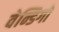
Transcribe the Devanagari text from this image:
वेन्डिगो